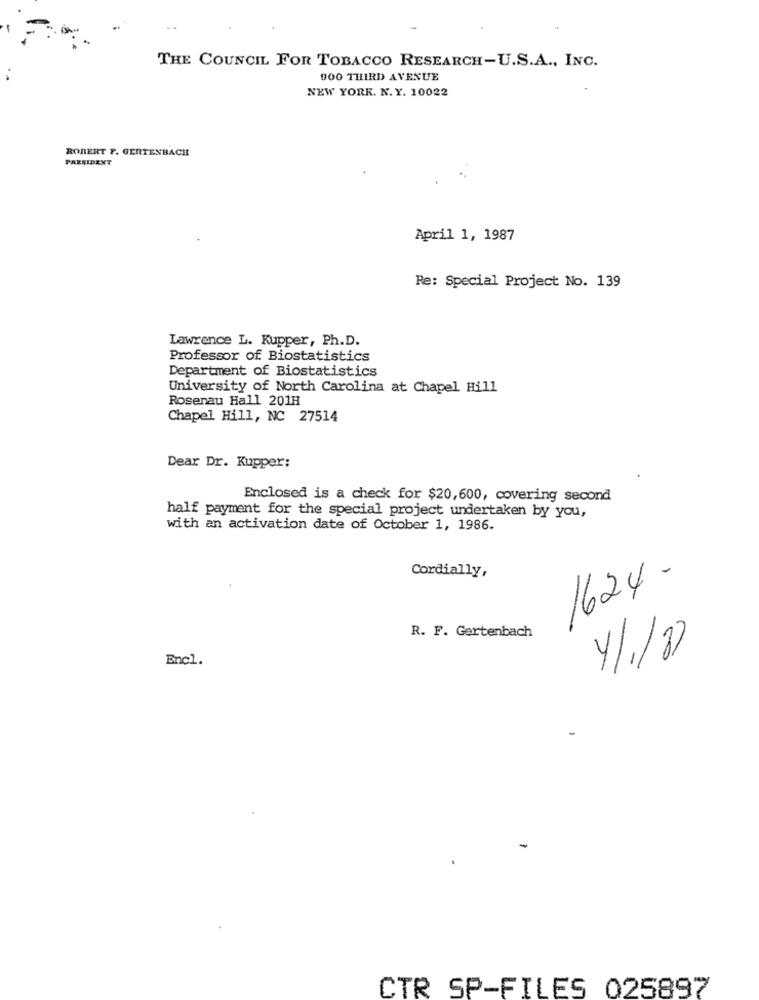
THE COUNCIL FOR TOBACCO RESEARCH-U.S.A ., INC.
DOO THIRD AVENUE
NEW YORK. N. Y. 10022
ROBERT F. GERTENBACH
PRESIDENT
April 1, 1987
Re: Special Project No. 139
Lawrence L. Kupper, Ph.D.
Professor of Biostatistics
Department of Biostatistics
University of North Carolina at Chapel Hill
Rosenau Hall 201H
Chapel Hill, NC 27514
Dear Dr. Kupper:
Enclosed is a check for $20,600, covering second
half payment for the special project undertaken by you,
with an activation date of October 1, 1986.
Cordially,
1624 -
R. F. Gertenbach
4/1/27
Encl.
-
-
CTR SP-FILES 025897